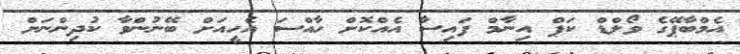
އެމްބާޕޭގެ ވޯލްޑް ކަޕް އިނާމް ފައިސާ އެއްކޮށް ހާއްސަ އެހީއަށް ބޭނުންވާ ކުދިންނަށް